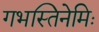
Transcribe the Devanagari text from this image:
गभस्तिनेमिः